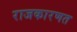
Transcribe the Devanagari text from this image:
राजकारणत